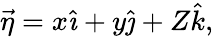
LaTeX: \vec{\eta}=x\hat{\imath}+y\hat{\jmath}+Z\hat{k},